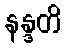
နန္ဒတိ